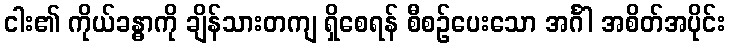
ငါး၏ ကိုယ်ခန္ဓာကို ချိန်သားတကျ ရှိစေရန် စီစဉ်ပေးသော အင်္ဂါ အစိတ်အပိုင်း